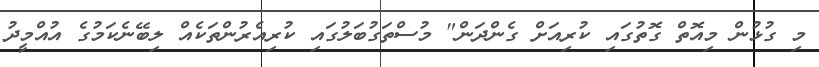
މި ގުޅުން މިއޮތް ގޮތުގައި ކުރިއަށް ގެންދަން" މުސްތަގުބަލުގައި ކުރިއެރުންތަކެއް ލިބޭނެކަމުގެ އުއްމީދު